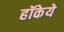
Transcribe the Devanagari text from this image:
हॉकेये